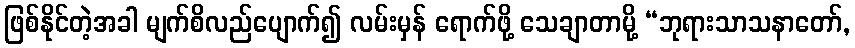
ဖြစ်နိုင်တဲ့အခါ မျက်စိလည်ပျောက်၍ လမ်းမှန် ရောက်ဖို့ သေချာတာမို့ “ဘုရားသာသနာတော်,